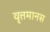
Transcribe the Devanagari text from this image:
वृत्तमानस